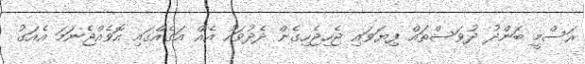
ރަސްމީ ބަންދު ދުވަސްތައް ފިޔަވައި ޖެހިޖެހިގެން ދެދުވަހު އެއް އަގެއްގައި އޮވެއްޖެނަމަ އެއަގު